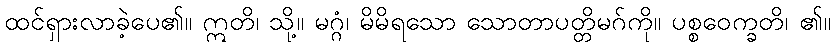
ထင်ရှားလာခဲ့ပေ၏။ ဣတိ၊ သို့။ မဂ္ဂံ၊ မိမိရသော သောတာပတ္တိမဂ်ကို။ ပစ္စဝေက္ခတိ၊ ၏။